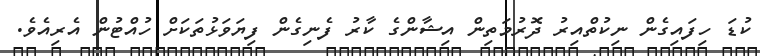
ކުޑަ ހިފައިގެން ނިކުތްއިރު ދޮރުމަތިން އިޝާންގެ ކާރު ފެނިގެން ފިޔަވަޅުތަކަށް ހުއްޓުން އެރިއެވެ.